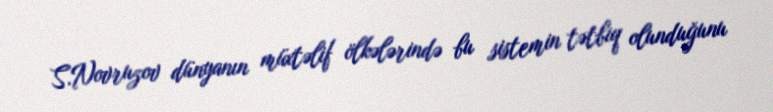
S.Novruzov dünyanın müxtəlif ölkələrində bu sistemin tətbiq olunduğunu